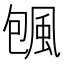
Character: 𱂿